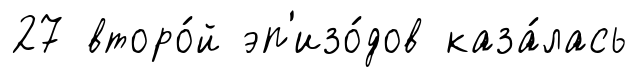
27 второ́й эп'изо́дов каза́лась